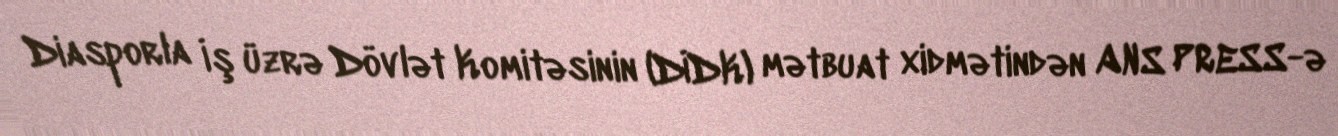
Diasporla İş üzrə Dövlət Komitəsinin (DİDK) mətbuat xidmətindən ANS PRESS-ə